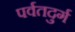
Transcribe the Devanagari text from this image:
पर्वतदुर्ग